59_214434_SP 16 [7.18.1963]
Agency: Department of State
Incident date: 7/18/63
Page 5
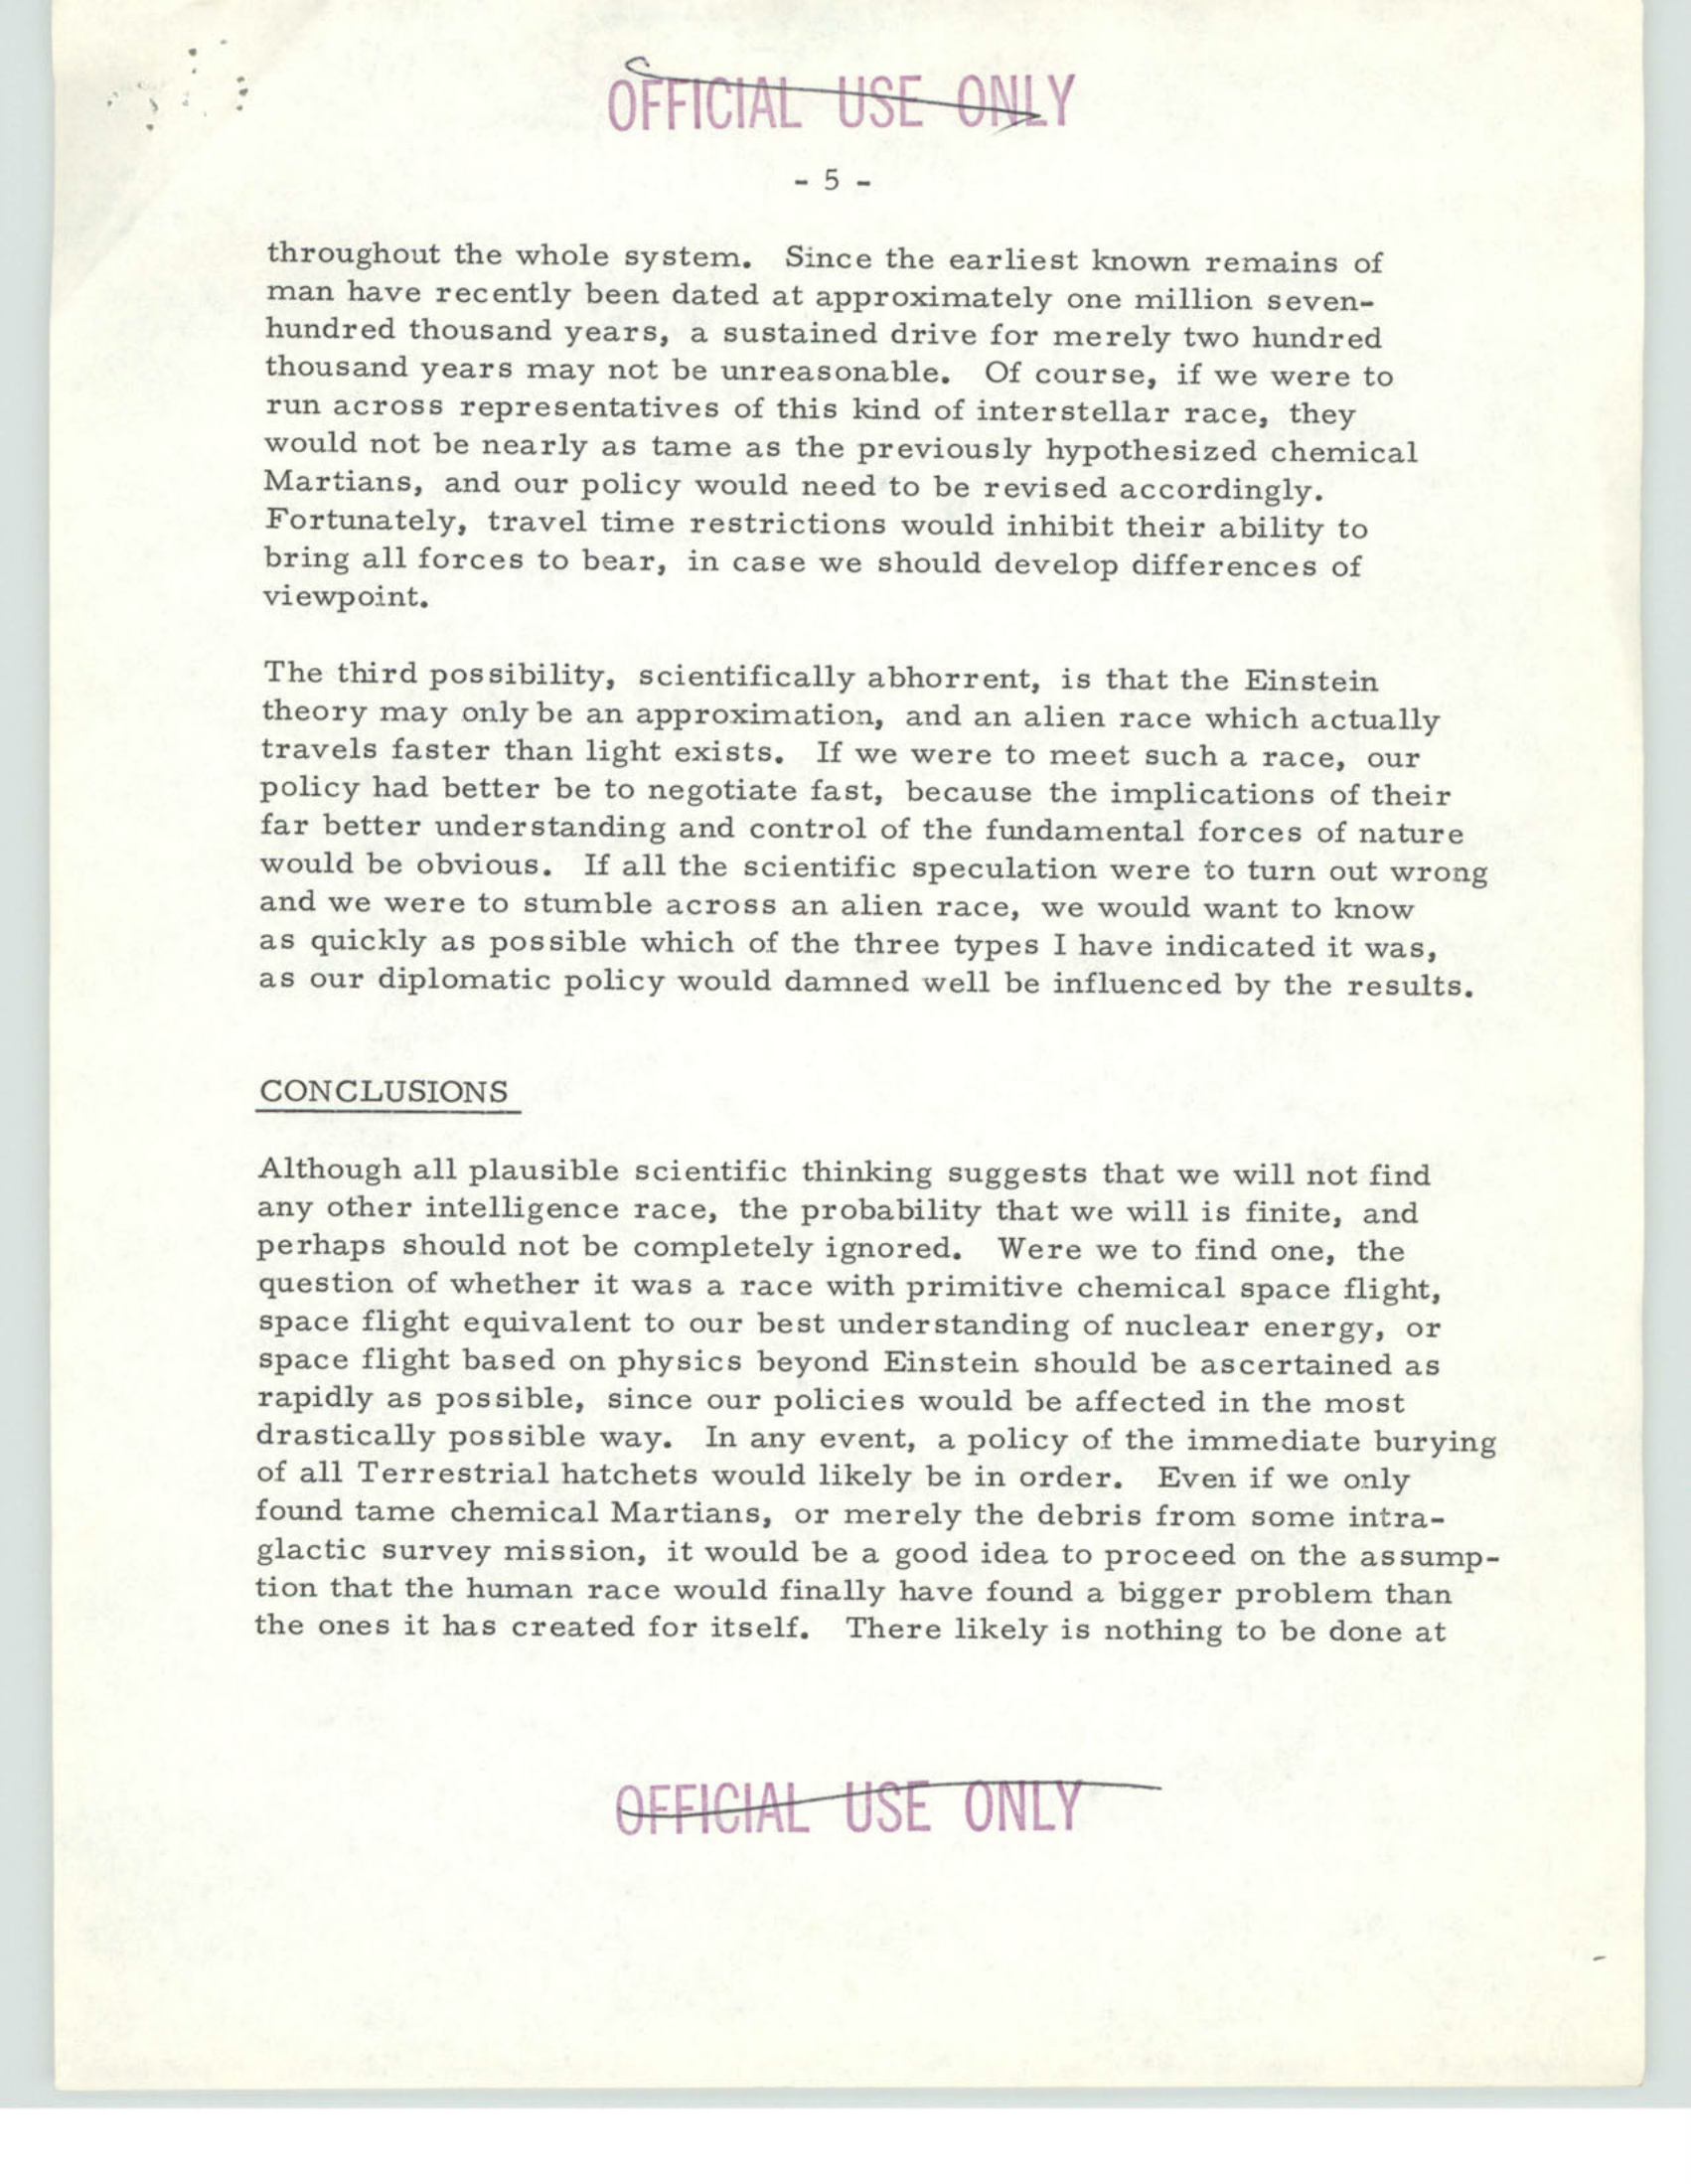